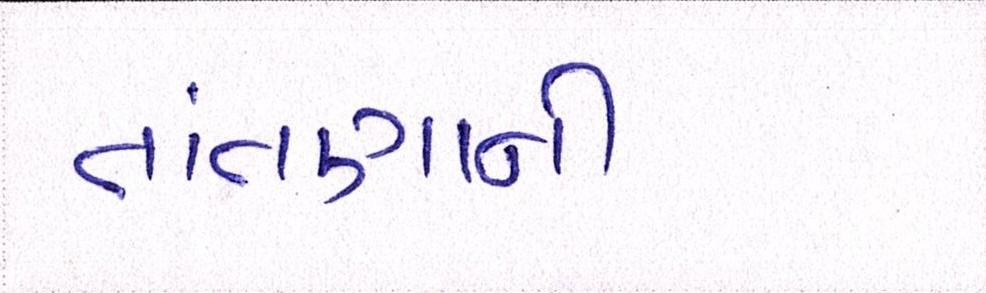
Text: તાંતણાની